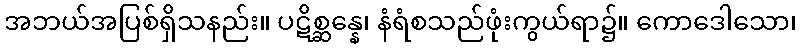
အဘယ်အပြစ်ရှိသနည်း။ ပဋိစ္ဆန္နေ၊ နံရံစသည်ဖုံးကွယ်ရာ၌။ ကောဒေါသော၊